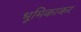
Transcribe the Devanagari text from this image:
भूमिकाकर